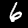
Label: 6